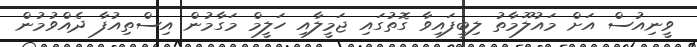
ވީނިއުސް އަށް މައުލޫމާތު ލިބިފައިވާ ގޮތުގައި ޖަމީލާއި ހަލީމް މަގާމުން އިސްތިއުފާ ދެއްވުމުން